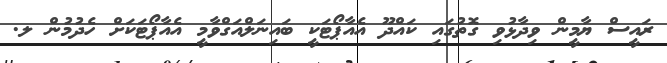
ރައީސް ޔާމީން ވިދާޅުވި ގޮތުގައި ކައްދޫ އެއާޕޯޓަކީ ބައިނަލްއަގްވާމީ އެއާޕޯޓަކަށް ހެދުމުން ލ.